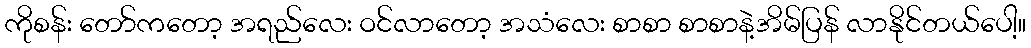
ကိုစန်း တော်ကတော့ အရည်လေး ဝင်လာတော့ အသံလေး စာစာ စာစာနဲ့အိမ်ပြန် လာနိုင်တယ်ပေါ့။